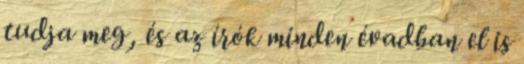
tudja meg, és az írók minden évadban el is